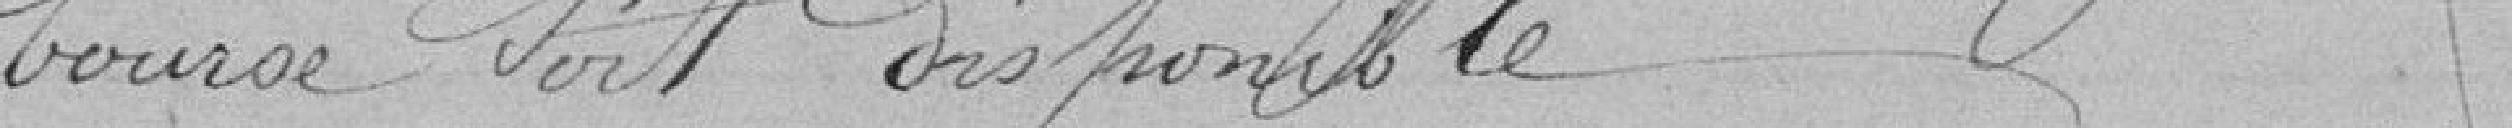
bourse soit disponible